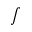
\scriptstyle \int